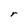
Character: r